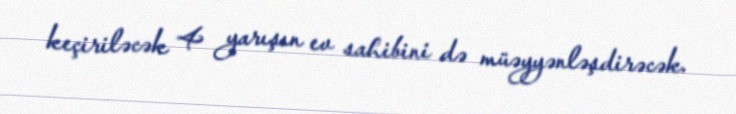
keçiriləcək 4 yarışın ev sahibini də müəyyənləşdirəcək.